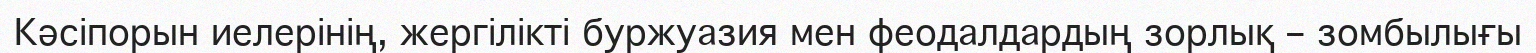
Кәсіпорын иелерінің, жергілікті буржуазия мен феодалдардың зорлық – зомбылығы